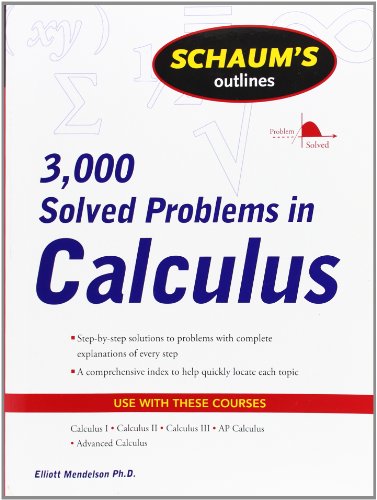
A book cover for Schaum's 3,000 Solved Problems in Calculus (Schaum's Outlines); Elliott Mendelson; Science & Math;